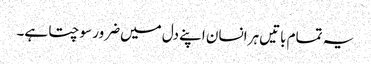
یہ تمام باتیں‌ہر انسان اپنے دل میں‌ضرور سوچتا ہے۔